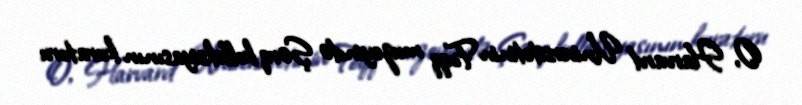
O, Harvard Universitetinin Foqq muzeyində Şərq kolleksiyasının kuratoru